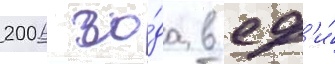
2006 го́да в сф'и́